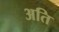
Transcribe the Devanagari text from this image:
अति